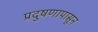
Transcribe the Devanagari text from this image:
प्रदुषणापासून